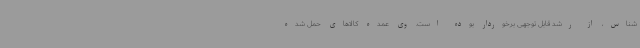
شناس، از رشد قابل توجهی برخوردار بوده است. وی عمده کالاهای حمل شده